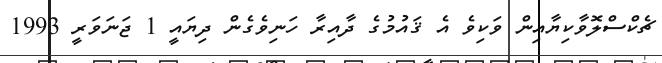
ޗެކްސްލޮވާކިޔާއިން ވަކިވެ އެ ޤައުމުގެ ދާއިރާ ހަނިވެގެން ދިޔައީ 1 ޖަނަވަރީ 1993